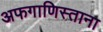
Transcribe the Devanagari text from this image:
अफगाणिस्ताना